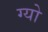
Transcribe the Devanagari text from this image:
ग्यो